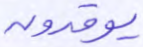
يوقدون